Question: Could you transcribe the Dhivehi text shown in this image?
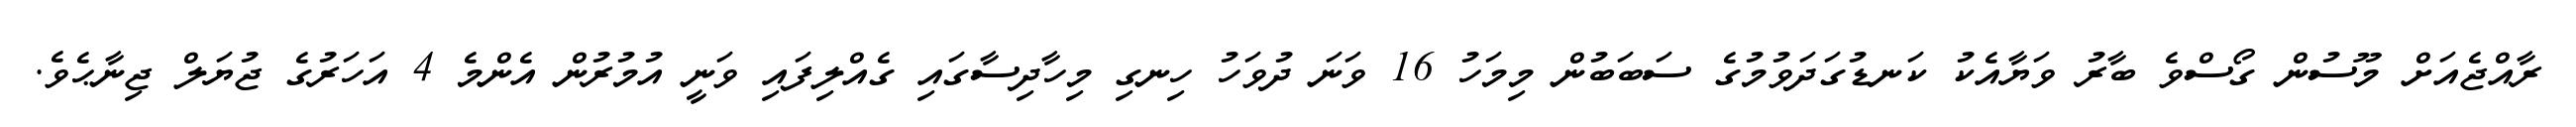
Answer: ރާއްޖެއަށް މޫސުން ގޯސްވެ ބާރު ވަޔާއެކު ކަނޑުގަދަވުމުގެ ސަބަބުން މިމަހު 16 ވަނަ ދުވަހު ހިނގި މިހާދިސާގައި ގެއްލިފައި ވަނީ އުމުރުން އެންމެ 4 އަހަރުގެ ޖުޔަލް ޖިނާޙެވެ.